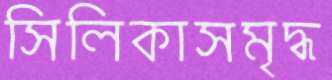
সিলিকাসমৃদ্ধ